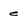
Character: e